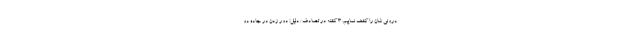
درونی شان را کشف نماییم. 3 کشته در تصادف/ دلیل: دور زدن در جاده دو